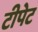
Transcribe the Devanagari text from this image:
टीपेट